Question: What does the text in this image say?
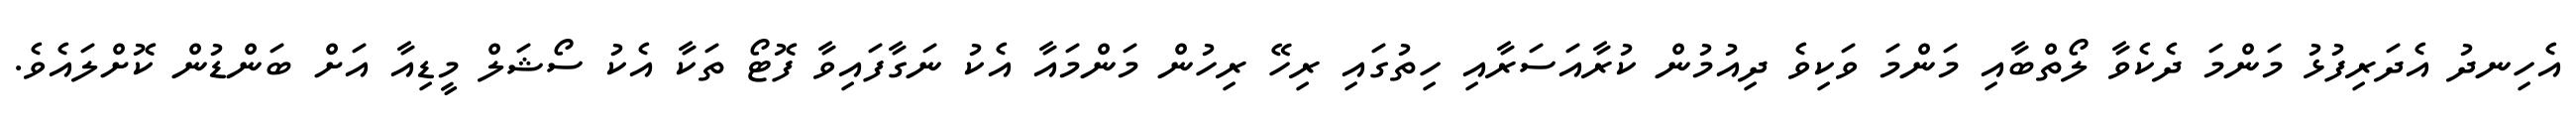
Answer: އެހިނދު އެދަރިފުޅު މަންމަ ދެކެވާ ލޯތްބާއި މަންމަ ވަކިވެ ދިއުމުން ކުރާއަސަރާއި ހިތުގައި ރިހޭ ރިހުން މަންމައާ އެކު ނަގާފައިވާ ފޮޓޯ ތަކާ އެކު ސޯޝަލް މީޑިއާ އަށް ބަންޑުން ކޮށްލައެވެ.